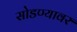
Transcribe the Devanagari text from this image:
सोडण्यावर